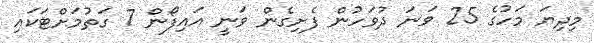
މިދިޔަ މަހުގެ 25 ވަަނަ ދުވަހުން ފެށިގެން ވަނީ އައިފޯން 7 ގަތުމަށްޓަކައި